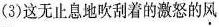
(3)这无止息地吹刮着的激怒的\underset{·}{风}